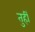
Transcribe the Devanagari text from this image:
तुर्ही